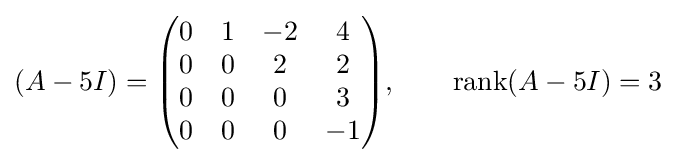
(A-5I)={\begin{pmatrix}0&1&-2&4\\0&0&2&2\\0&0&0&3\\0&0&0&-1\end{pmatrix}},\qquad \operatorname {rank} (A-5I)=3